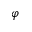
\boldsymbol \varphi